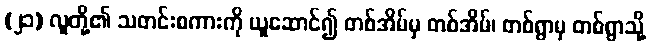
(၂၁) လူတို့၏ သတင်းစကားကို ယူဆောင်၍ တစ်အိမ်မှ တစ်အိမ်၊ တစ်ရွာမှ တစ်ရွာသို့